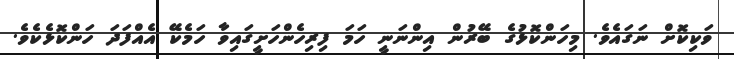
ވަކިކޮށް ނަގައެވެ. މިހަންކޮޅުގެ ބޭރުން އިންނަނީ ހަމަ ފިރިހެންހަށީގައިވާ ހަމެކޭ އެއްފަދަ ހަންކޮޅެކެވެ.